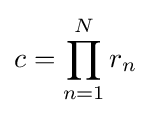
c=\prod _{n=1}^{N}r_{n}